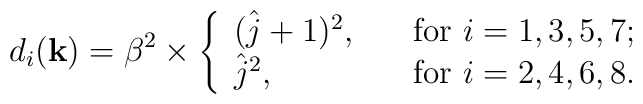
d_{i}({\bf k})=\beta^{2}\times\left\{                \begin{array}{ll}                   (\hat{j}+1)^{2},\quad  & \hbox{for $i=1,3,5,7$;}\\                    \hat{j}^{2},    &   \hbox{for $i=2,4,6,8$.}                \end{array}                  \right.